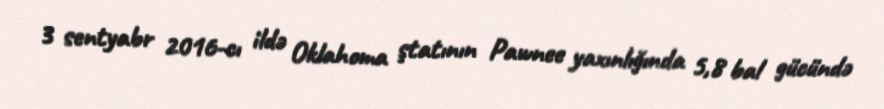
3 sentyabr 2016-cı ildə Oklahoma ştatının Pawnee yaxınlığında 5,8 bal gücündə